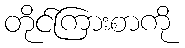
တိုင်ကြားစာကို